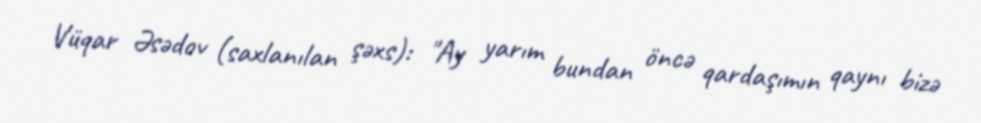
Vüqar Əsədov (saxlanılan şəxs): "Ay yarım bundan öncə qardaşımın qaynı bizə